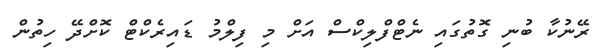
ރޭނުކާ ބުނި ގޮތުގައި ނެޓްފްލިކްސް އަށް މި ފިލްމު ޑައިރެކްޓް ކޮށްދޭ ހިތުން